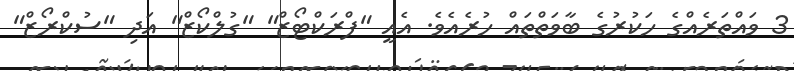
3 ވައްތަރެއްގެ ހަކުރުގެ ބާވަތްތައް ހުރެއެވެ. އެއީ "ފްރަކްޓޯޒް" "ގުލްކޯޒް" އަދި "ސުކްރޯޒް"